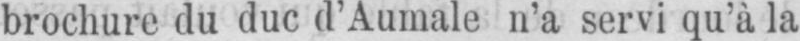
brochure du duc d’Aumale n’a servi qu’à la